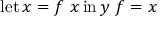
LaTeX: \operatorname { l e t } x = f \ x \operatorname { i n } y \ f = x